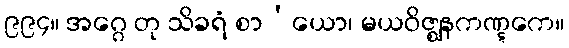
၉၉၄။ အဂ္ဂေ တု သိခရံ စာ’ယော၊ မယဝိဇ္ဈနကဏ္ဋကေ။